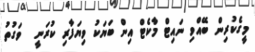
މީގެކުރިން ބޭއްވި ނައިޓް މާކެޓް އިން ބަޔަކު ވިޔަފާރި ކުރަނީ  ވަގުތު